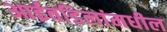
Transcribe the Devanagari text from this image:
आईवडिलांमधील